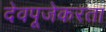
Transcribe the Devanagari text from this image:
देवपूजेकरता